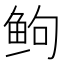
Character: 𬶋